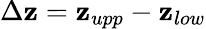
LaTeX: \Delta\mathbf{z}=\mathbf{z}_{upp}-\mathbf{z}_{low}